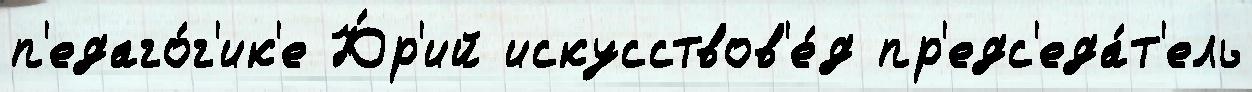
п'едаго́г'ик'е Ю́р'ий искусствов'е́д пр'едс'еда́т'ель